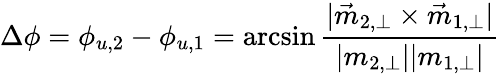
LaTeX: \Delta\phi=\phi_{u,2}-\phi_{u,1}=\arcsin{\frac{|\vec{m}_{2,\perp}\times\vec{m}_{1,\perp}|}{|m_{2,\perp}||m_{1,\perp}|}}